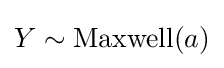
Y\sim \mathrm {Maxwell} (a)